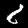
Label: 8